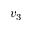
v _ { 3 }